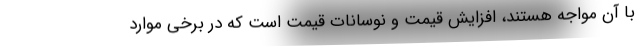
با آن مواجه هستند، افزایش قیمت و نوسانات قیمت است که در برخی موارد